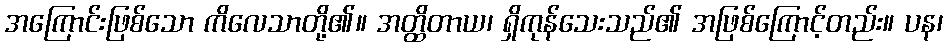
အကြောင်းဖြစ်သော ကိလေသာတို့၏။ အတ္ထိတာယ၊ ရှိကုန်သေးသည်၏ အဖြစ်ကြောင့်တည်း။ ပန၊